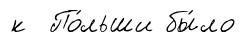
к По́льши бы́ло